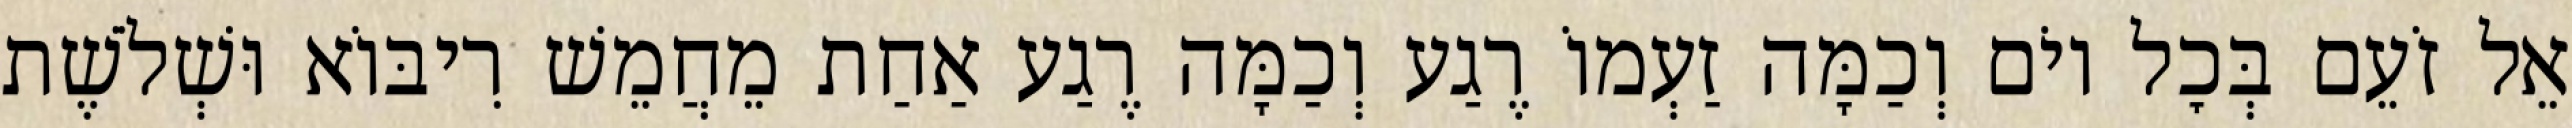
אֵל זֹעֵם בְּכׇל יוֹם וְכַמָּה זַעְמוֹ רֶגַע וְכַמָּה רֶגַע אַחַת מֵחֲמֵשׁ רִיבּוֹא וּשְׁלֹשֶׁת